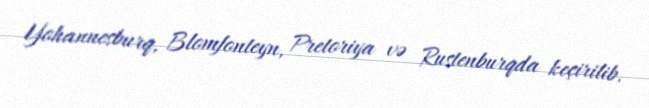
Yohannesburq, Blomfonteyn, Pretoriya və Rustenburqda keçirilib.